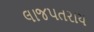
લાજપતરાય